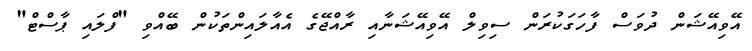
އޭވިއޭޝަން ދުވަސް ފާހަގަކުރަން ސިވިލް އޭވިއޭޝަނާއި ރާއްޖޭގެ އެއާލައިންތަކުން ބޭއްވި "ފްލައި ޕާސްޓް"